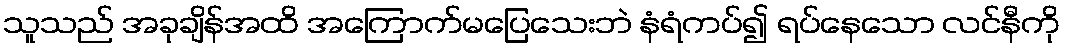
သူသည် အခုချိန်အထိ အကြောက်မပြေသေးဘဲ နံရံကပ်၍ ရပ်နေသော လင်နီကို